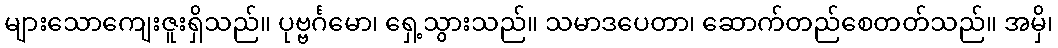
များသောကျေးဇူးရှိသည်။ ပုဗ္ဗင်္ဂမော၊ ရှေ့သွားသည်။ သမာဒပေတာ၊ ဆောက်တည်စေတတ်သည်။ အမှိ၊